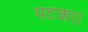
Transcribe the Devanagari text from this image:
पटका।